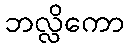
ဘလ္လိကော